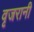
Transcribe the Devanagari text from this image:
वृजरानी